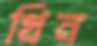
খিন